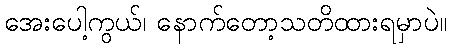
အေးပေါ့ကွယ်၊ နောက်တော့သတိထားရမှာပဲ။